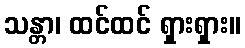
သန္တာ၊ ထင်ထင် ရှားရှား။